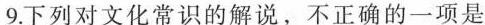
9.下列对文化常识的解说，不正确的一项是